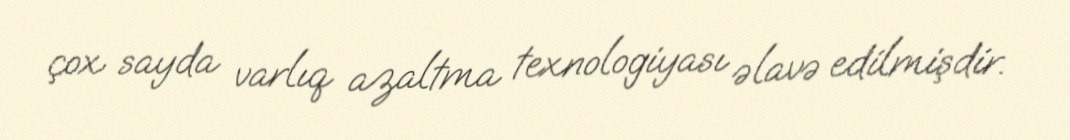
çox sayda varlıq azaltma texnologiyası əlavə edilmişdir.